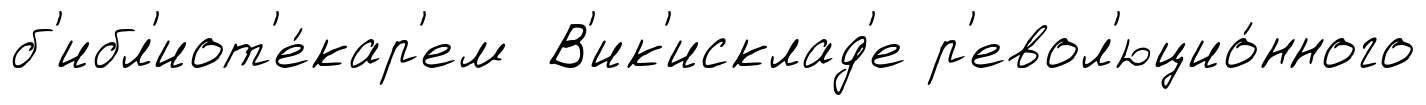
б'ибл'иот'е́кар'ем В'ик'исклад'е р'евол'юцио́нного